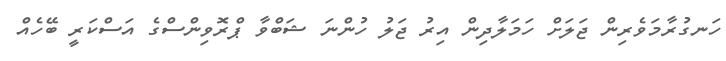
ހަނގުރާމަވެރިން ޖަލަށް ހަމަލާދިން އިރު ޖަލު ހުންނަ ޝަބްވާ ޕްރޮވިންސްގެ އަސްކަރީ ބޭހެއް